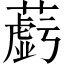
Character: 𬞲